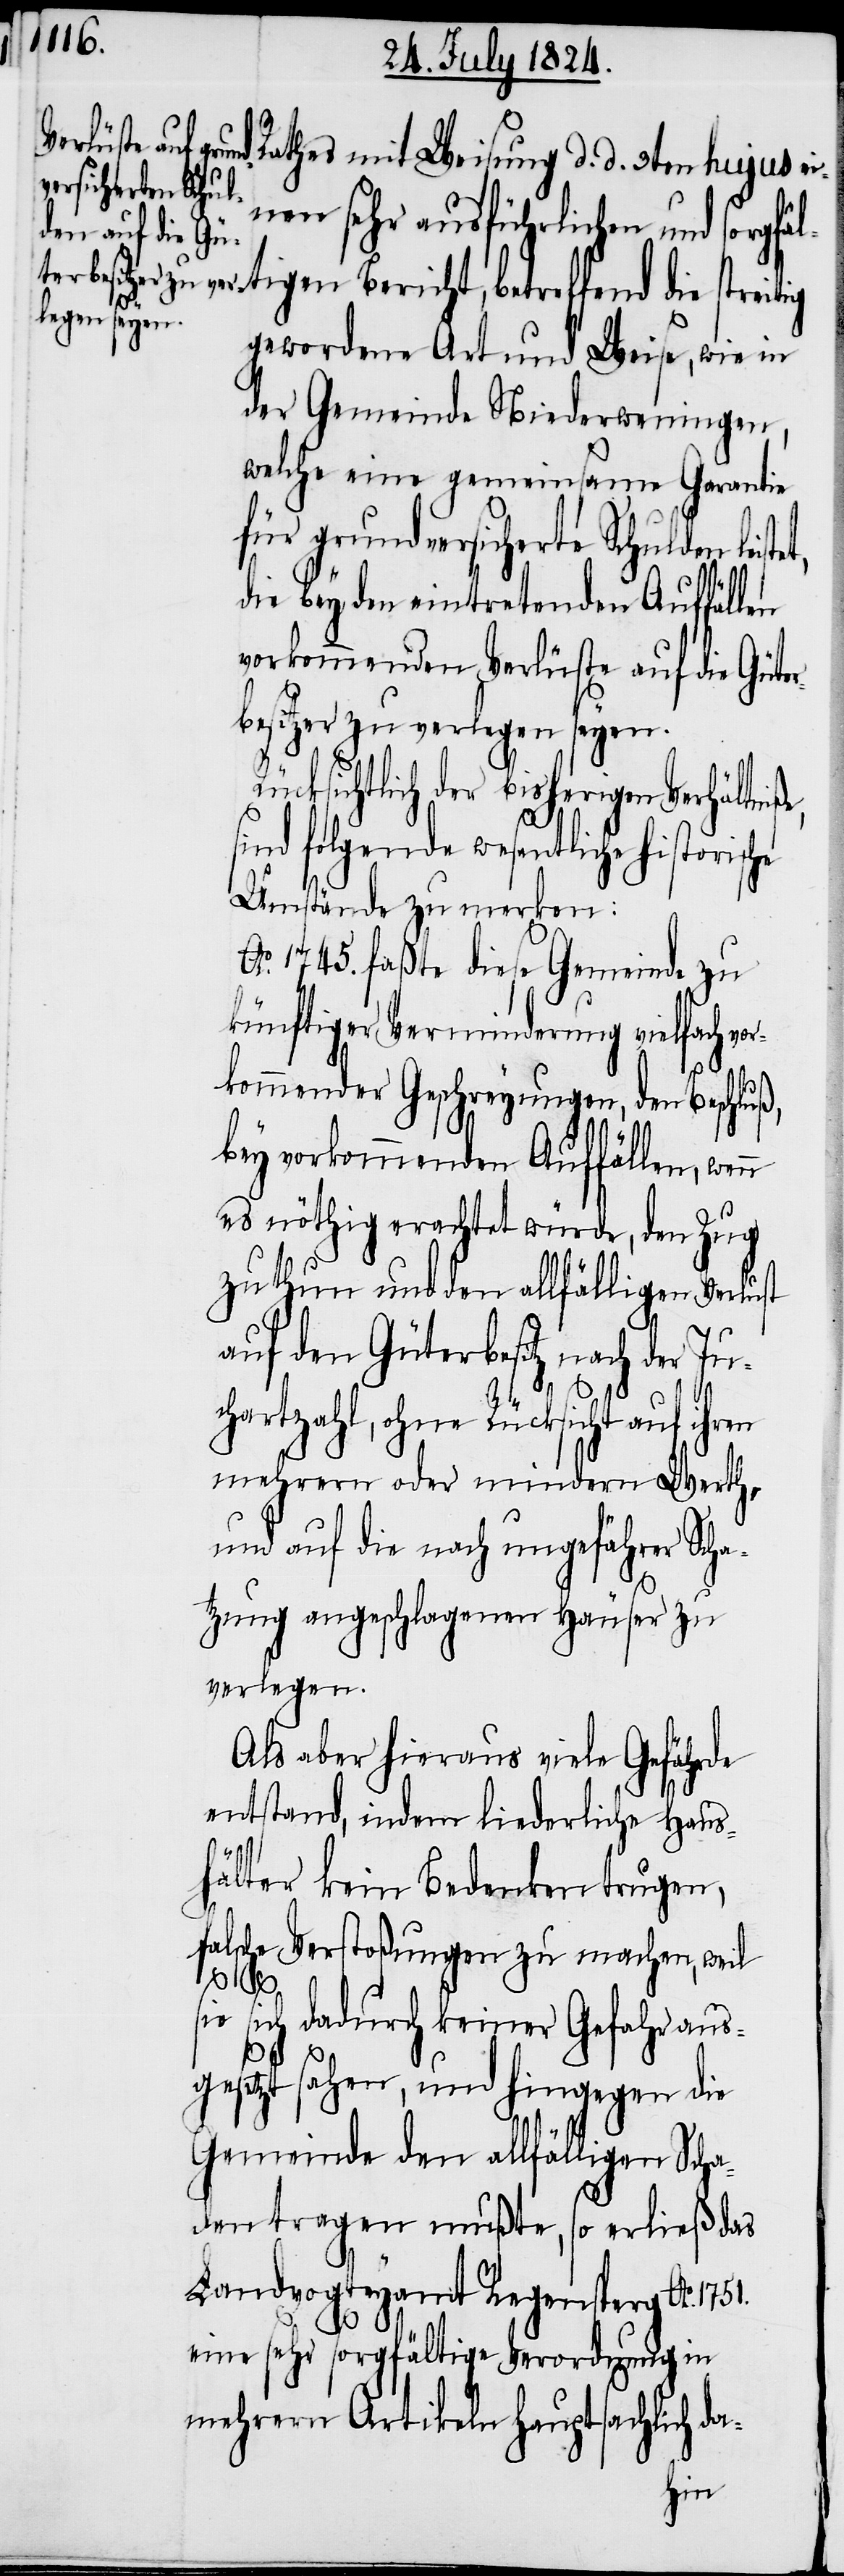
Rathes mit Weisung d. d. 3ten hujus e¬
inen sehr ausführlichen und sorgfäl¬
tigen Bericht, betreffend
gewordene Art und Weise, wie in
der Gemeinde Niederweningen,
welche eine gemeinsame Garantie
für grundversicherte Schulden
die bey den eintretenden Auffällen
vorkommenden Verlüste auf die Güte¬
besitzer zu verlegen seyen.
Rücksichtlich der bisherigen Verhältniße,
sind folgende wesentliche
Umstände zu merken:
Ao. 1745. faßte diese Gemeinde zu
künftiger Verminderung vielfach v¬
orkommender Geschreyungen, den Beschluß,
bey vorkommenden Auffällen, wenn
es nöthig erachtet würde, den Zug
zu thun und den allfälligen Verlust
auf den Güterbesitz nach der Ju¬
chartzahl, ohne Rücksicht auf ihren
mehrern oder mindern Werth
und auf die nach ungefährer Scha¬
tzung angeschlagenen Häuser zu
verlegen.
Als aber hieraus viele Gefährde
entstand, indem liederliche Haus¬
hälter kein Bedenken trugen,
falsche Verstoßungen zu machen, weil
sie sich dadurch keiner Gefahr aus¬
a-
gesetzt sahen, und hingegen die
Gemeinde den allfälligen Scha¬
den tragen mußte, so erließ das
Landvogteyamt Regensperg Ao. 1751.
eine sehr sorgfältige Verordnung in
mehrern Artikeln hauptsächlich d¬